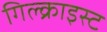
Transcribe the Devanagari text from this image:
गिल्क्राइस्ट